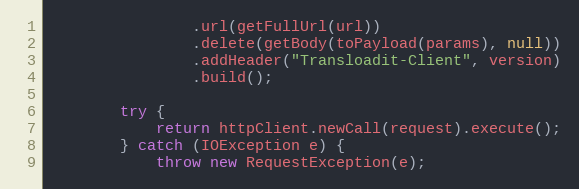
Language: Java
                .url(getFullUrl(url))
                .delete(getBody(toPayload(params), null))
                .addHeader("Transloadit-Client", version)
                .build();

        try {
            return httpClient.newCall(request).execute();
        } catch (IOException e) {
            throw new RequestException(e);